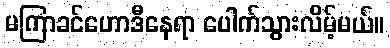
မကြာခင်ဟောဒီနေရာ ပေါက်သွားလိမ့်မယ်။